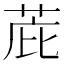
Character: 𫈋